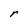
Character: r